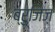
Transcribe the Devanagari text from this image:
ब्रुजिज़